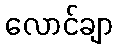
လောင်ချာ